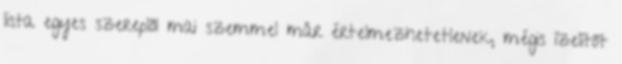
lista egyes szereplői mai szemmel már értelmezhetetlenek, mégis ízelítőt